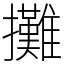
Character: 攤